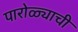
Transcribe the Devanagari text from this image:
पारोळ्याची